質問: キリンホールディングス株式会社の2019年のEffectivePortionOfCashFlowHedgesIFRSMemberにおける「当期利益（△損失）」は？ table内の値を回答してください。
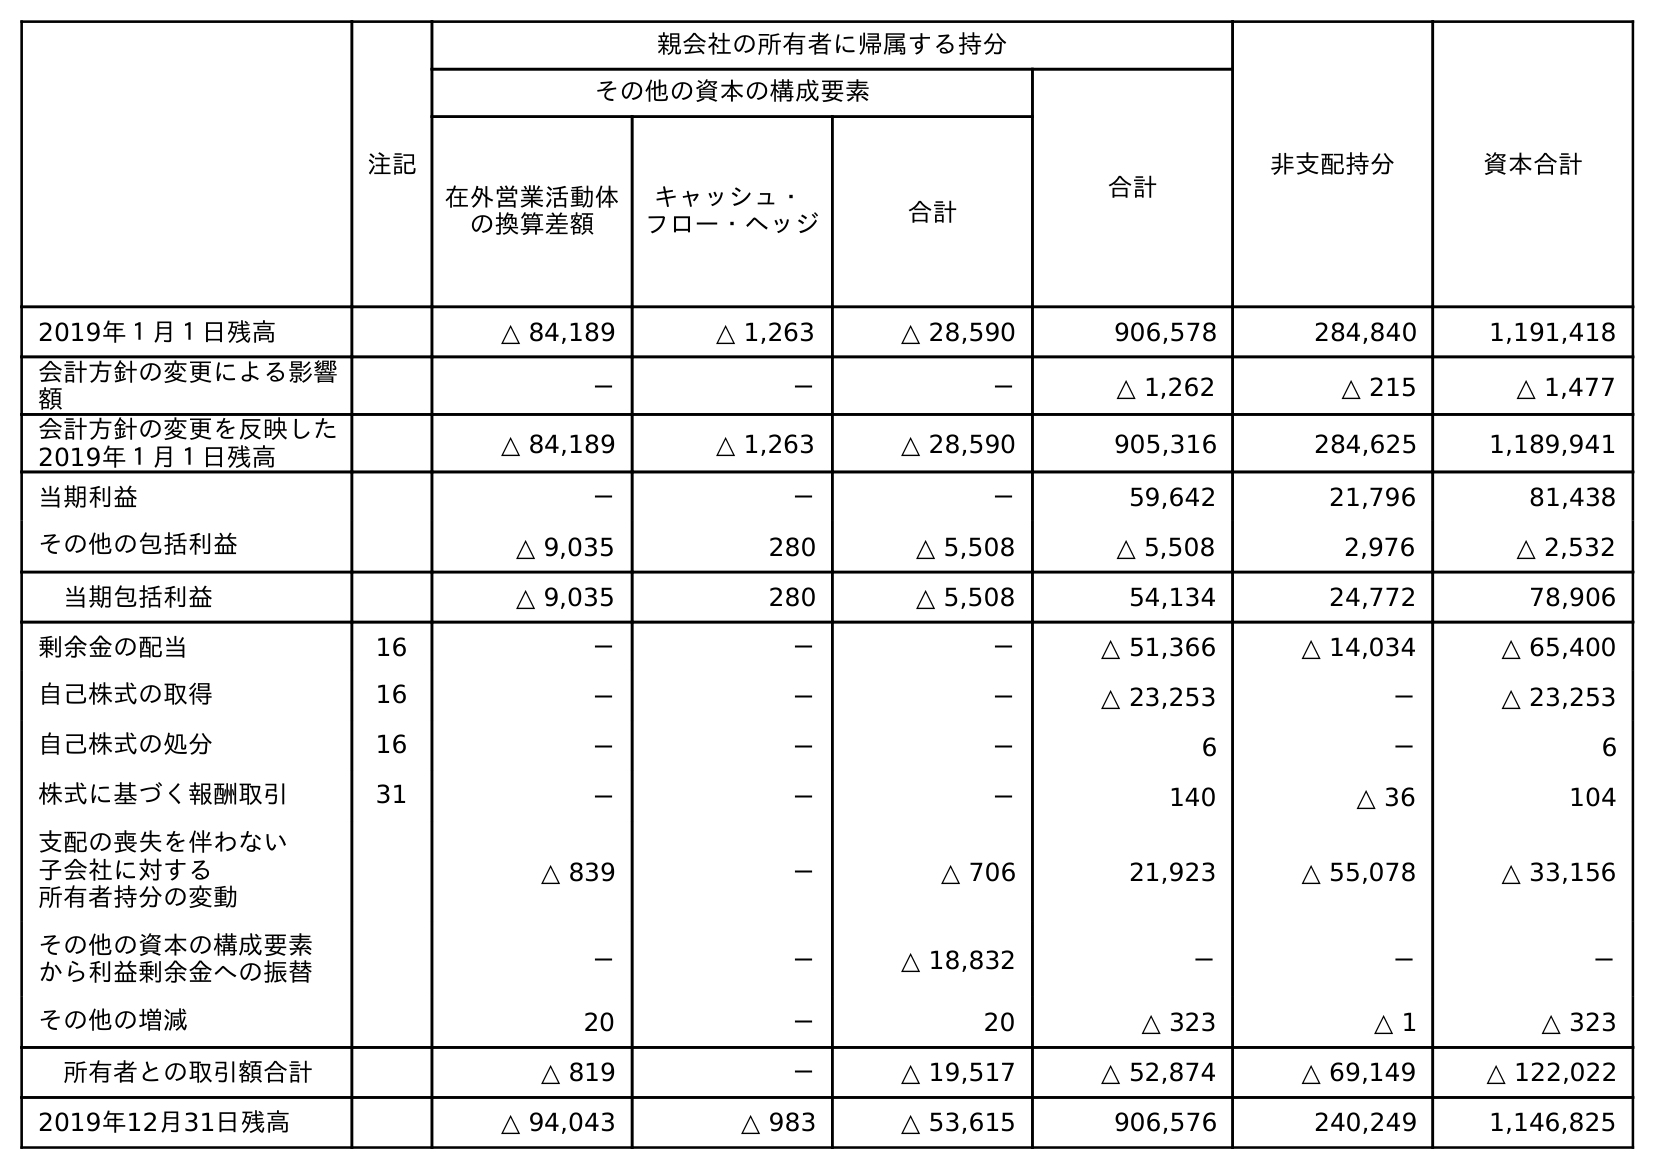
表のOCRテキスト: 注記 親会社の所有者に帰属する持分 非支配持分 資本合計 その他の資本の構成要素 合計 在外営業活動体 の換算差額 キャッシュ・ フロー・ヘッジ 合計 2019年１月１日残高 △ 84,189 △ 1,263 △ 28,590 906,578 284,840 1,191,418 会計方針の変更による影響 額 － － － △ 1,262 △ 215 △ 1,477 会計方針の変更を反映した 2019年１月１日残高 △ 84,189 △ 1,263 △ 28,590 905,316 284,625 1,189,941 当期利益 － － － 59,642 21,796 81,438 その他の包括利益 △ 9,035 280 △ 5,508 △ 5,508 2,976 △ 2,532 当期包括利益 △ 9,035 280 △ 5,508 54,134 24,772 78,906 剰余金の配当 16 － － － △ 51,366 △ 14,034 △ 65,400 自己株式の取得 16 － － － △ 23,253 － △ 23,253 自己株式の処分 16 － － － 6 － 6 株式に基づく報酬取引 31 － － － 140 △ 36 104 支配の喪失を伴わない 子会社に対する 所有者持分の変動 △ 839 － △ 706 21,923 △ 55,078 △ 33,156 その他の資本の構成要素 から利益剰余金への振替 － － △ 18,832 － － － その他の増減 20 － 20 △ 323 △ 1 △ 323 所有者との取引額合計 △ 819 － △ 19,517 △ 52,874 △ 69,149 △ 122,022 2019年12月31日残高 △ 94,043 △ 983 △ 53,615 906,576 240,249 1,146,825
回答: －